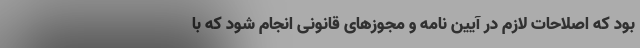
بود که اصلاحات لازم در آیین نامه و مجوزهای قانونی انجام شود که با